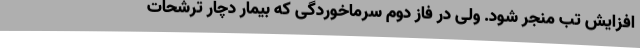
افزایش تب منجر شود. ولی در فاز دوم سرماخوردگی که بیمار دچار ترشحات